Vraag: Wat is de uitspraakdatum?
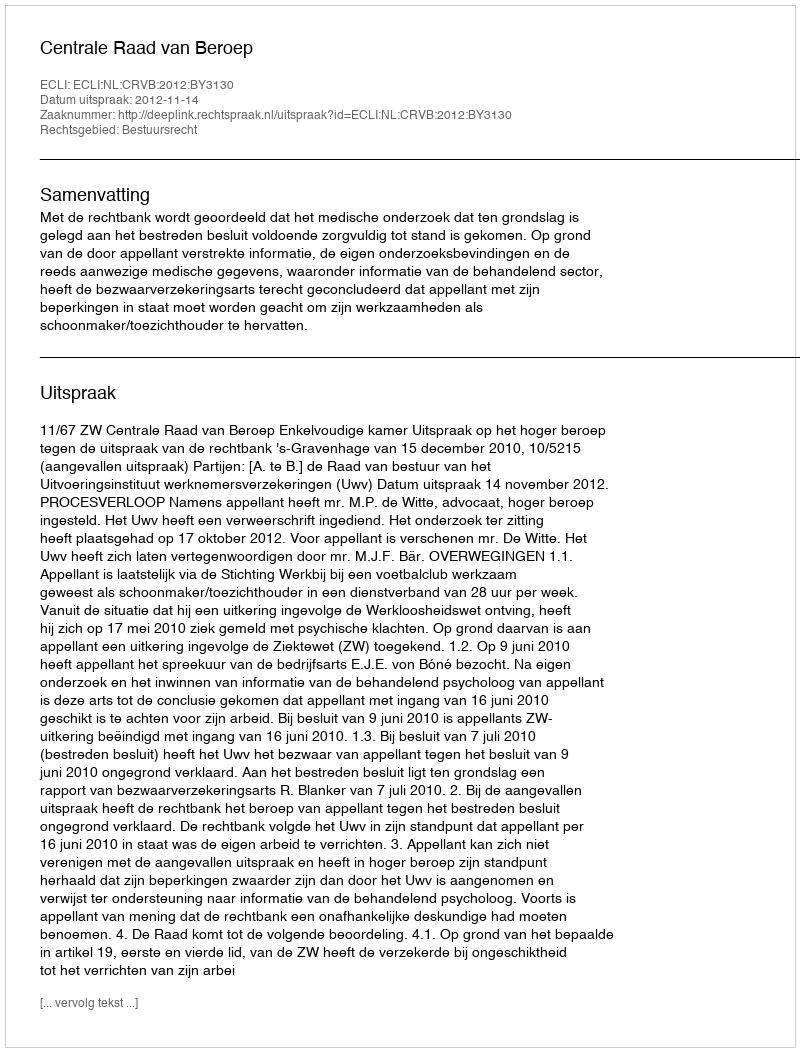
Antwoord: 2012-11-14